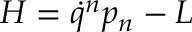
H = \dot { q } ^ { n } p _ { n } - L